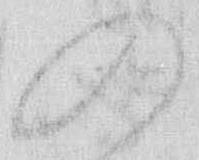
の